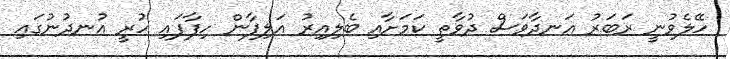
ހޭލެވުނީ ރަބަރު އަނދާވަސް ދުވާތީ ކަމަށާއި ބެލިއިރު އަލިފާން ހިފާފައި ހުރީ އުނދުނުގައި